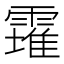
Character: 𩅚